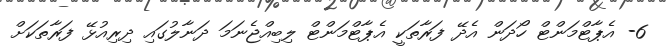
6- އެޕާޓްމަންޓް ހޯދަން އެދޭ ފަރާތަކީ އެޕާޓްމަންޓް ލިބިއްޖެނަމަ ދަނާލުގައި ދިރިއުޅޭ ފަރާތަކަށް